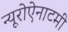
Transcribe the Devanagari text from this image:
न्यूरोऐनाटमी